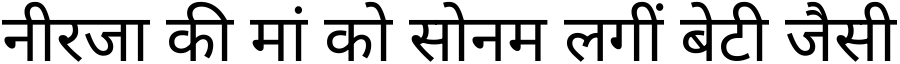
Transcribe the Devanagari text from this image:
नीरजा की मां को सोनम लगीं बेटी जैसी